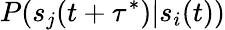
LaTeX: P(s_{j}(t+\tau^{*})|s_{i}(t))